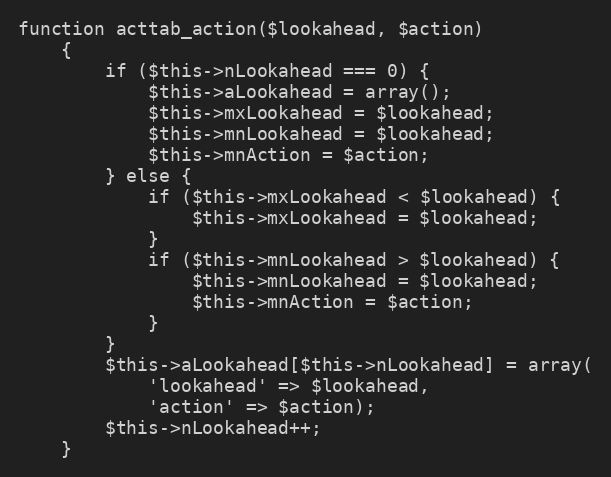
Language: PHP
function acttab_action($lookahead, $action)
    {
        if ($this->nLookahead === 0) {
            $this->aLookahead = array();
            $this->mxLookahead = $lookahead;
            $this->mnLookahead = $lookahead;
            $this->mnAction = $action;
        } else {
            if ($this->mxLookahead < $lookahead) {
                $this->mxLookahead = $lookahead;
            }
            if ($this->mnLookahead > $lookahead) {
                $this->mnLookahead = $lookahead;
                $this->mnAction = $action;
            }
        }
        $this->aLookahead[$this->nLookahead] = array(
            'lookahead' => $lookahead,
            'action' => $action);
        $this->nLookahead++;
    }